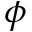
^ \phi